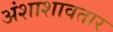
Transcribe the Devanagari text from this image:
अंशाशावतार